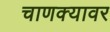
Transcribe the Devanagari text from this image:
चाणक्यावर